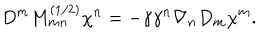
D ^ { m } M _ { m n } ^ { ( 1 / 2 ) } \chi ^ { n } = - \gamma \gamma ^ { n } \nabla _ { n } D _ { m } \chi ^ { m } .